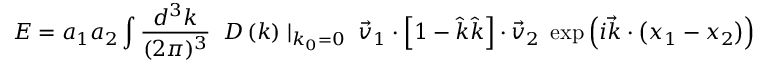
E = a _ { 1 } a _ { 2 } \int { \frac { d ^ { 3 } k } { ( 2 \pi ) ^ { 3 } } } \; \; D \left( k \right) \mid _ { k _ { 0 } = 0 } \; { \vec { v } } _ { 1 } \cdot \left[ 1 - { \hat { k } } { \hat { k } } \right] \cdot { \vec { v } } _ { 2 } \; \exp \left( i { \vec { k } } \cdot \left( x _ { 1 } - x _ { 2 } \right) \right)